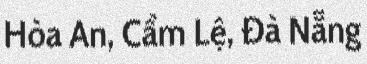
Hòa An, Cẩm Lệ, Đà Nẵng